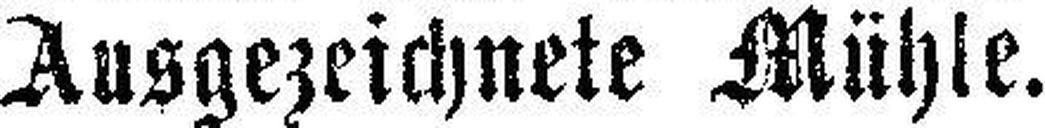
Ausgezeichnete Mühle.